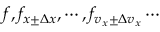
f , f _ { x \pm \Delta x } , \cdots , f _ { v _ { x } \pm \Delta v _ { x } } \cdots